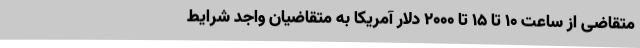
متقاضی از ساعت ۱۰ تا ۱۵ تا ۲۰۰۰ دلار آمریکا به متقاضیان واجد شرایط